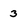
Character: 3